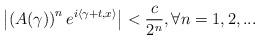
LaTeX: \begin{align*}\left\vert \left( A(\gamma)\right) ^{n}e^{i\left\langle \gamma+t,x\right\rangle }\right\vert <\frac{c}{2^{n}},\forall n=1,2,...\end{align*}